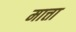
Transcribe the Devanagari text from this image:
मात्ता